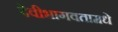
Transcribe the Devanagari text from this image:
देवीभागवतामधे